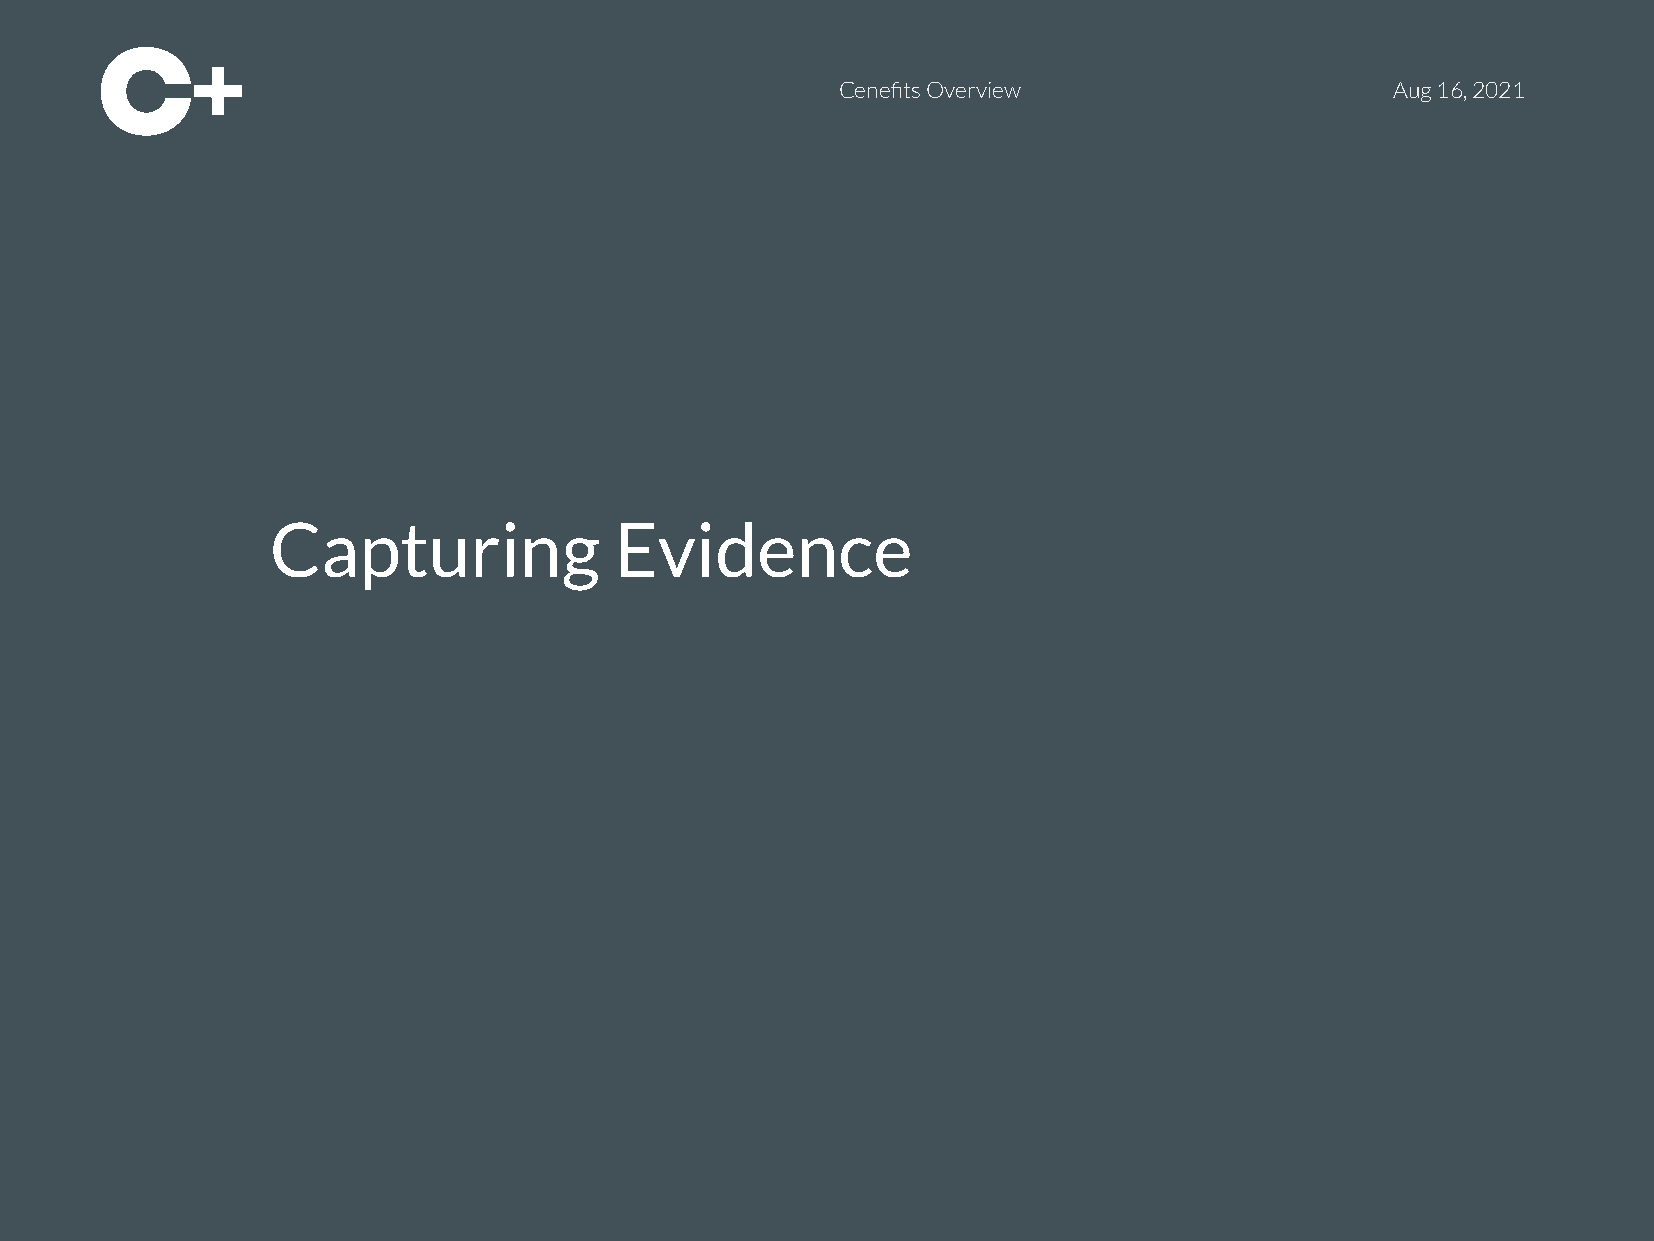
Cenefits Overview                   Aug 16, 2021
 Capturing              Evidence